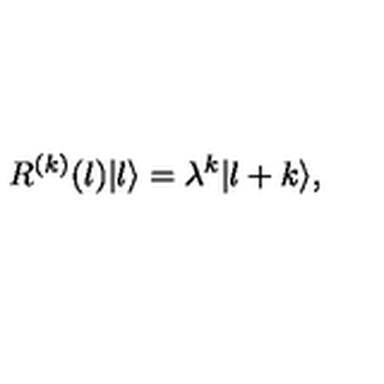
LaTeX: R ^ { ( k ) } ( l ) | l \rangle = \lambda ^ { k } | l + k \rangle ,